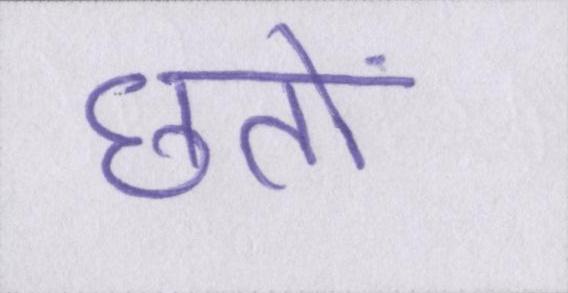
छतों